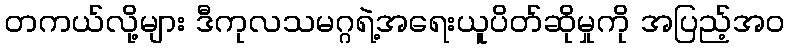
တကယ်လို့များ ဒီကုလသမဂ္ဂရဲ့အရေးယူပိတ်ဆိုမှုကို အပြည့်အ၀